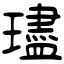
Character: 璶